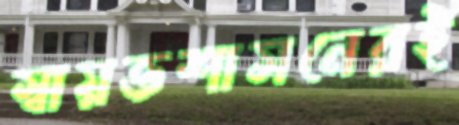
স্বায়ত্তশাসনেরই